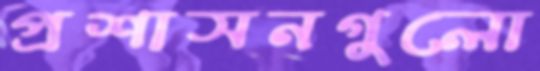
প্রশাসনগুলো